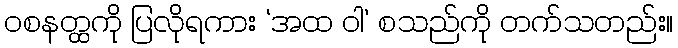
ဝစနတ္ထကို ပြလိုရကား ‘အထ ဝါ’ စသည်ကို တက်သတည်း။